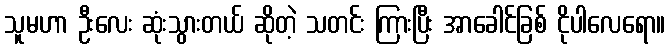
သူမဟာ ဦးလေး ဆုံးသွားတယ် ဆိုတဲ့ သတင်း ကြားပြီး အာခေါင်ခြစ် ငိုပါလေရော။